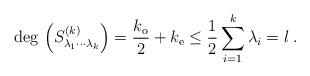
LaTeX: \begin{align*}{\rm deg}\,\left(S_{\lambda_1\cdots \lambda_k}^{(k)}\right)=\frac{k_{\rm o}}{2}+k_{\rm e}\le\frac{1}{2}\sum_{i=1}^k\lambda_i=l\; .\end{align*}